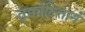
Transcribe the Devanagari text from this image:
तृक्कोटित्तानं